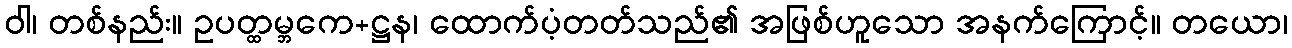
ဝါ၊ တစ်နည်း။ ဥပတ္ထမ္ဘကေ+ဋ္ဌန၊ ထောက်ပံ့တတ်သည်၏ အဖြစ်ဟူသော အနက်ကြောင့်။ တယော၊